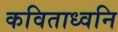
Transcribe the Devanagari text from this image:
कविताध्वनि